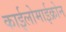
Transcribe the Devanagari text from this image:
काईलोमाईक्रोन